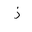
Letter: _thal